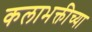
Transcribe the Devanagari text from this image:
कलाभक्तीच्या